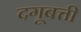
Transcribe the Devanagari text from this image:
दगूबत्ती